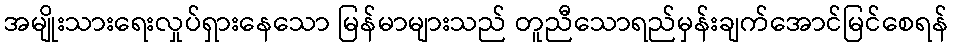
အမျိုးသားရေးလှုပ်ရှားနေသော မြန်မာများသည် တူညီသောရည်မှန်းချက်အောင်မြင်စေရန်